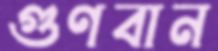
গুণবান